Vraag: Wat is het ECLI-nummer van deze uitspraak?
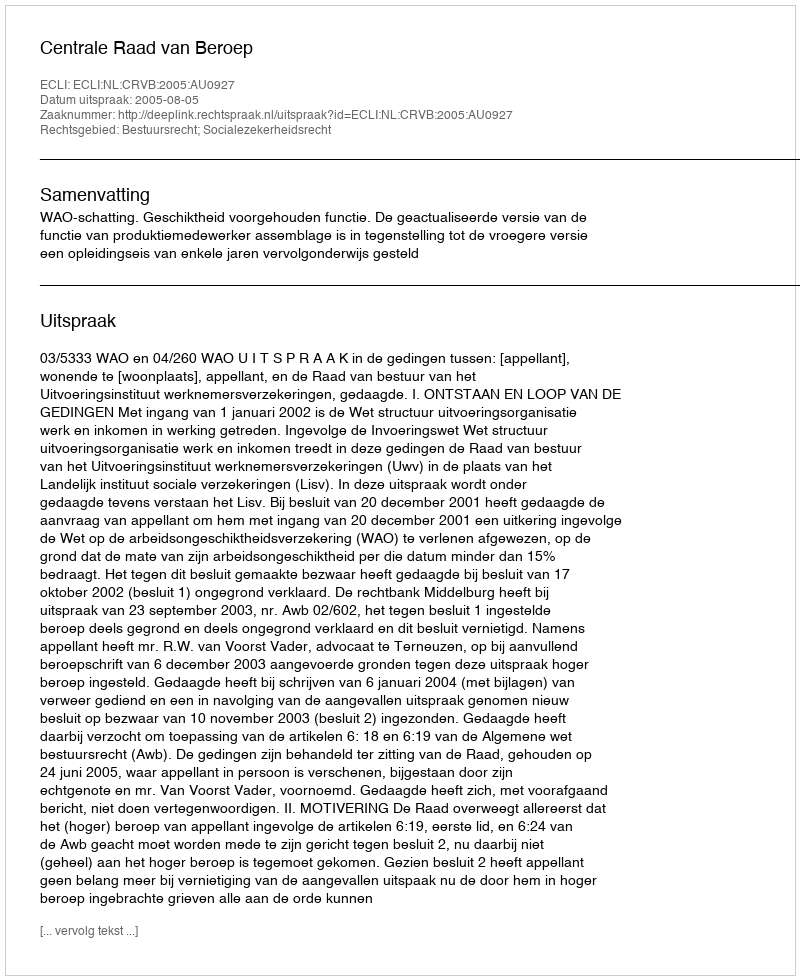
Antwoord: ECLI:NL:CRVB:2005:AU0927